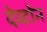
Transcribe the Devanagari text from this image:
देय्टोन